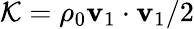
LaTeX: \mathcal{K}={\rho_{0}\mathbf{v}_{1}\cdot\mathbf{v}_{1}}/2